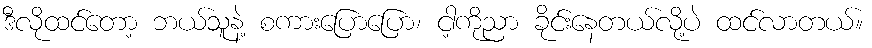
ဒီလိုထင်တော့ ဘယ်သူနဲ့ စကားပြောပြော၊ ငါ့ကိုညာ ခိုင်းနေတယ်လို့ပဲ ထင်လာတယ်။